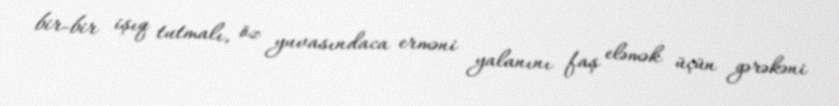
bir-bir işıq tutmalı, öz yuvasındaca erməni yalanını faş eləmək üçün gərəkəni